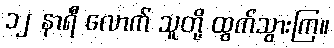
၁၂ နာရီ လောက် သူတို့ ထွက်သွားကြ။